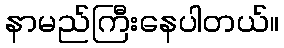
နာမည်ကြီးနေပါတယ်။